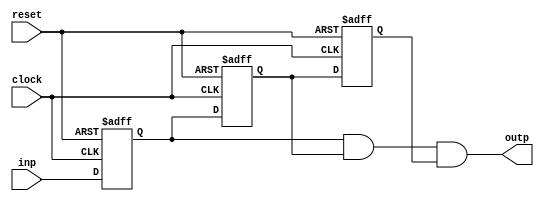
`timescale 1ns / 1ps
//////////////////////////////////////////////////////////////////////////////////
// Company: 
// Engineer: 
// 
// Design Name: 
// Module Name:    debounce 
// Project Name: 
// Target Devices: 
// Tool versions: 
// Description: 
//
// Dependencies: 
//
// Revision: 
// Revision 0.01 - File Created
// Additional Comments: 
//
//////////////////////////////////////////////////////////////////////////////////

module debounce(
    input [3:0] inp,
    input clock,
    input reset,
    output [3:0] outp
    );

reg [3:0] delay1;
reg [3:0] delay2;
reg [3:0] delay3;

always @(posedge clock or posedge reset)
begin
    if (reset ==1)
        begin
            delay1 <= 4'b0000;
            delay2 <= 4'b0000;
            delay3 <= 4'b0000;
        end
    else
        begin
            delay1 <= inp;
            delay2 <= delay1;
            delay3 <= delay2;
        end    
end

assign outp = delay1 & delay2 & delay3;
endmodule